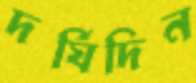
দর্ঘিদিন